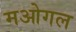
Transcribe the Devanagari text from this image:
मओगल